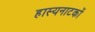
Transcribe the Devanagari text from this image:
हास्यनाटकों